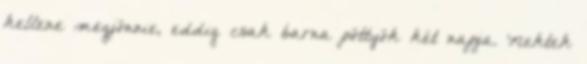
kellene megjönnie, eddig csak barna pöttyök két napja. Nektek